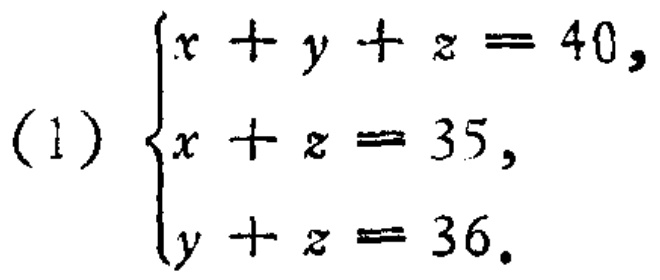
\[(1)

\begin{cases}

x + y + z = 40,\\

x + z = 35,\\

y + z = 36.

\end{cases}\]